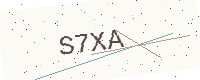
Text: S7XA